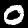
Digit: 0